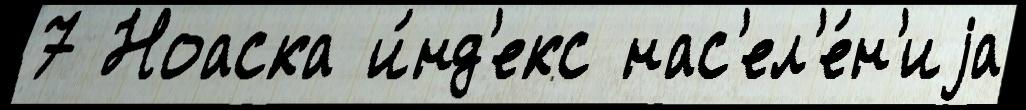
7 Ноаска и́нд'екс нас'ел'е́н'иjа